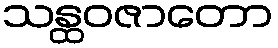
သန္ထဝဇာတော